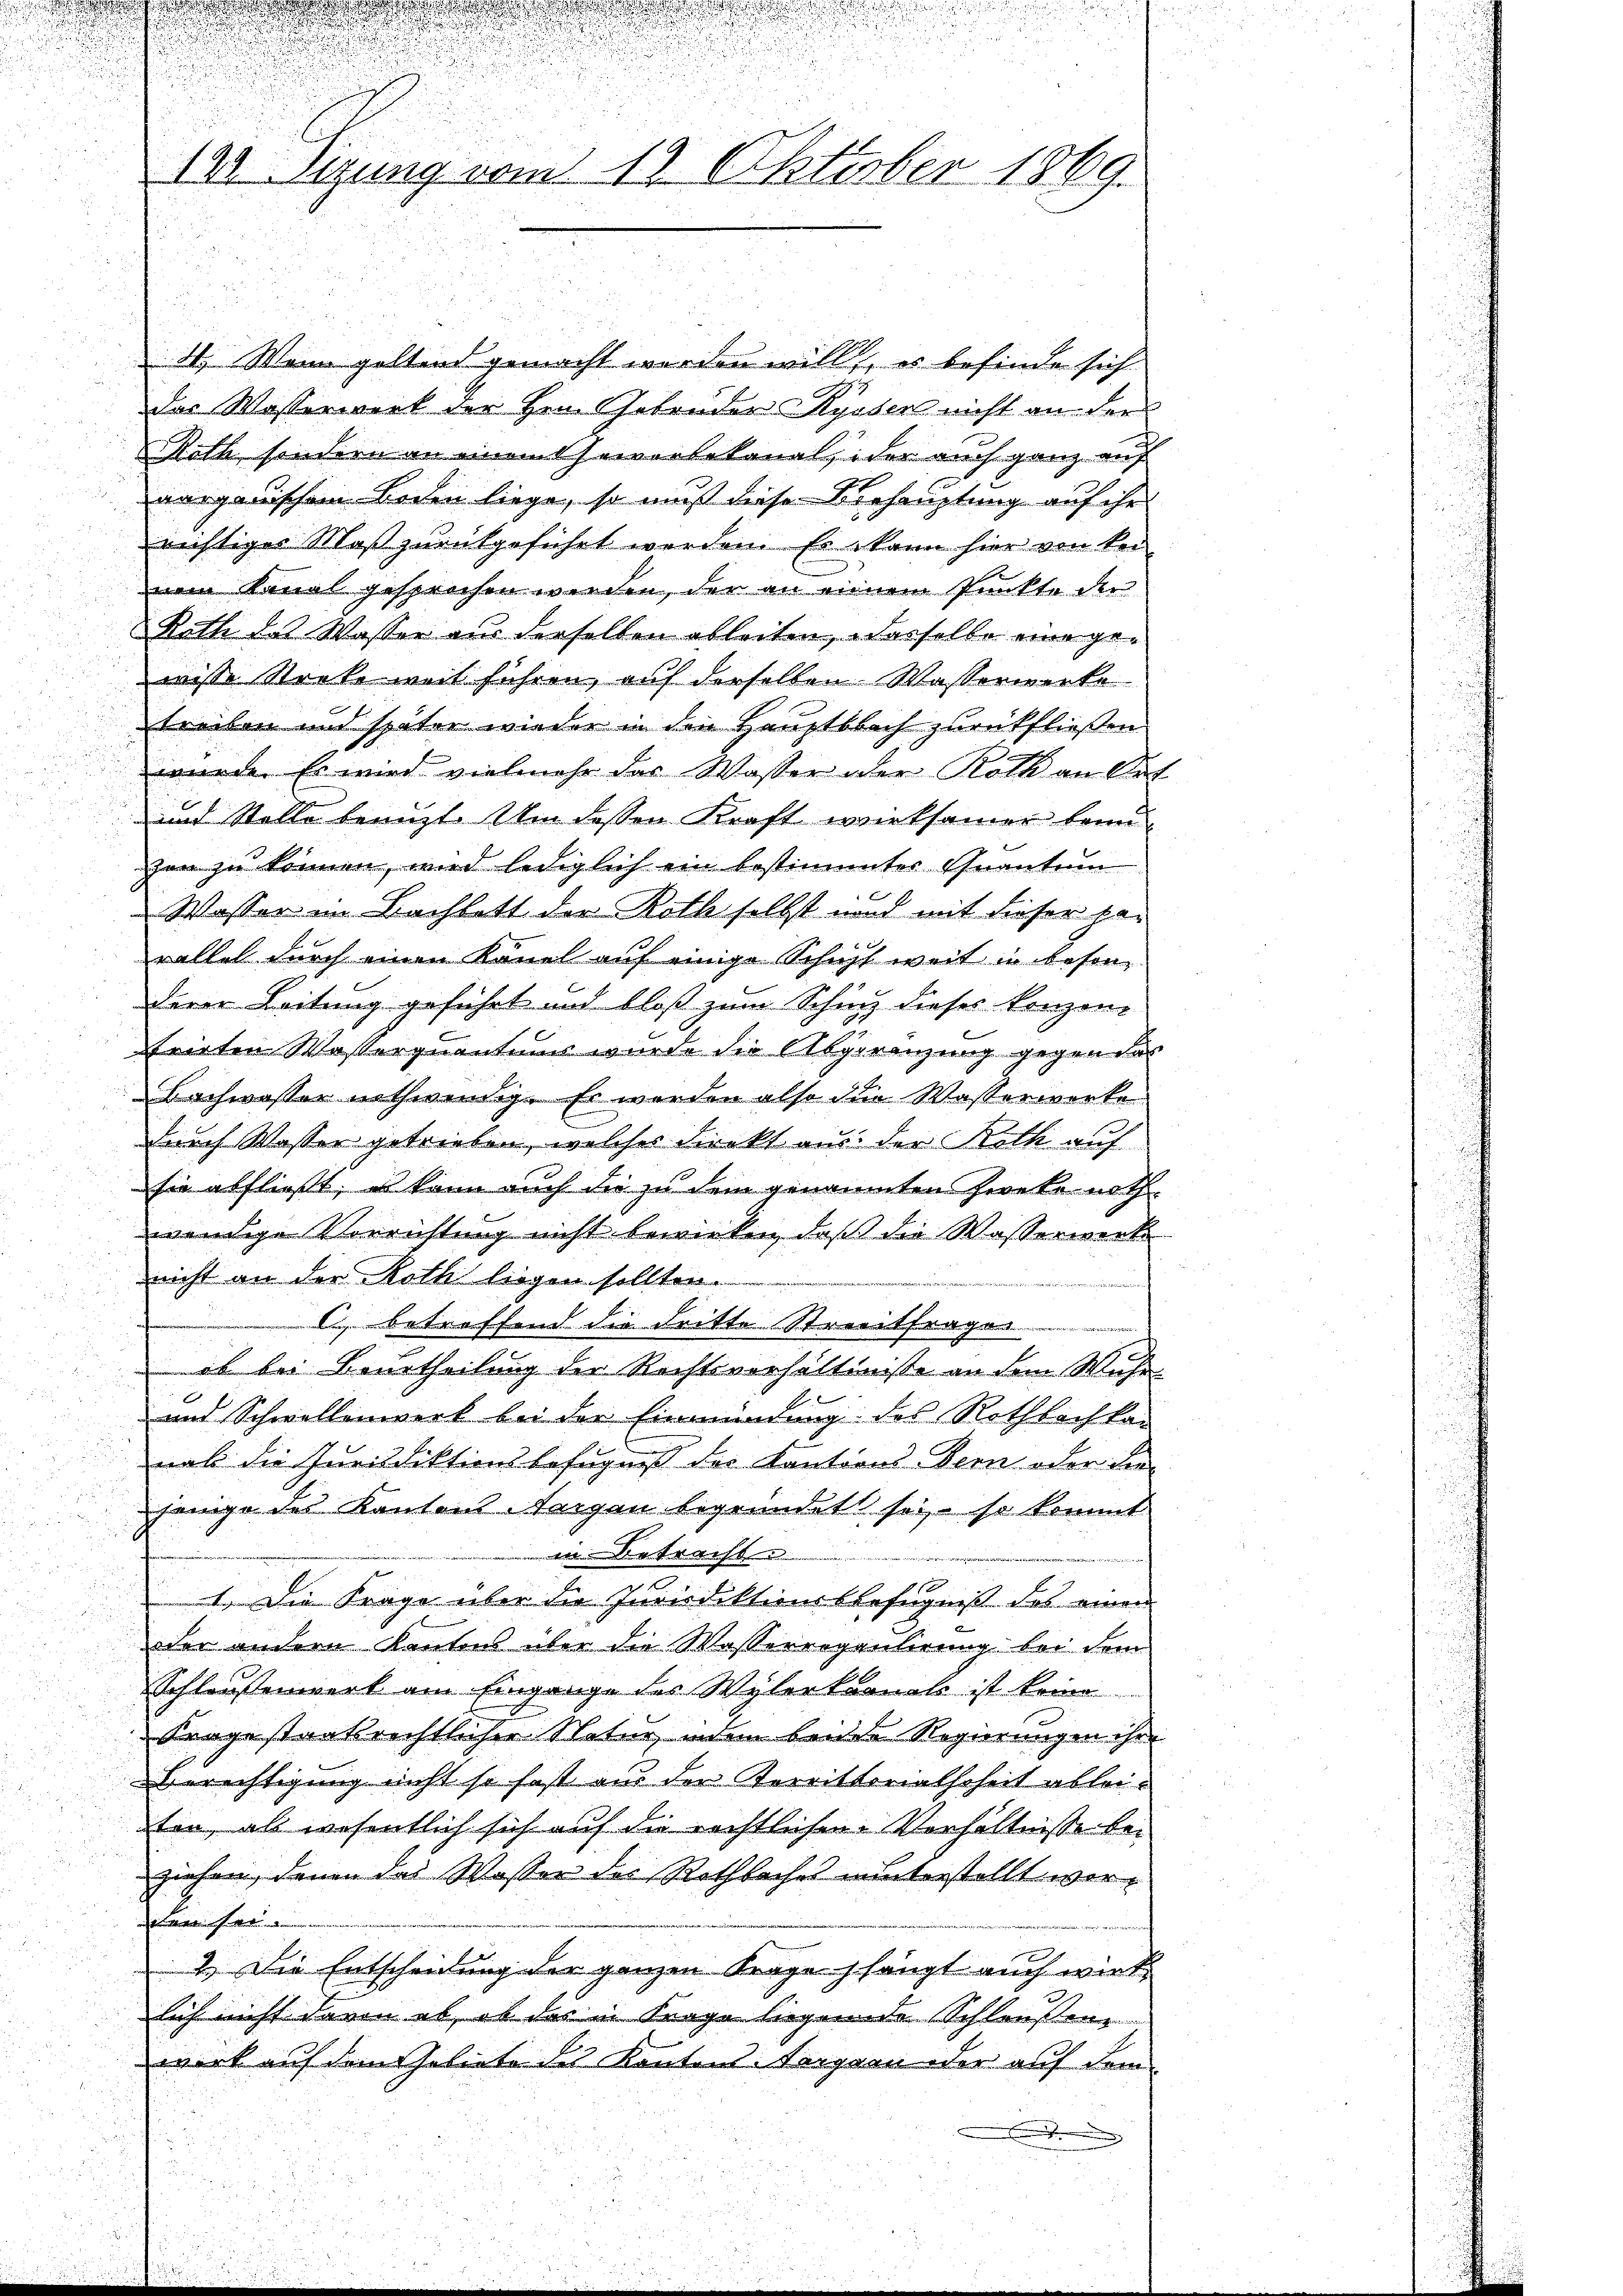
.

143 iung vom 19. Oktober 1869.

41. Mann geltend gemacht werden will, es befinde sich
das Wasserwerk der Hrn. Gebrüder Syoben nicht an der
Roth, sondern an einem Gewerbekannt, oder auch ganz auf
vargauischem Boden liege, so muß diese Behauptung auf ihr
richtiger Maß zurückgeführt werden. Es kann hier von ke
nem Kanal gesprochen werden, der an einem Punkte der
Rath des Wasser aus derselben ableiten, dasselbe eine gewisse Stocke weit führen, auf derselben Wasserwerke
treiben und später wieder in den Hauptbach zurückfließen
wurde. Es wird vielmehr das Wasser oder Roth an Ort
und Stelle benuzt. Um dessen Kraft wirksamer kein
zen zu können, wird lediglich ein bestimmter Quantum
Wasser im Bachbett der Roth selbst und mit dieser haf x
rallel durch einen Kauel auf einige Schicht weit in besonderer Leitung geführt und bloß zum Schinz dieses Konzen-
frirten Wasserquantums wurde die Abgrenzung gegen das
Bachwasser nothwendig. Es werden also die Wasserwerke
durch Wasser getrieben, welches direkt aus der Roth auf
sie abfließt, es kann auch die zu dem genannten Zereke nothwendige Vorrichtung nicht bewirken, daß die Wasserwerk
nicht an der Roth liegen sollten.
c., betreffend die dritte Streitfragen
ob bei Beurtheilung der Rechtsverhältnisse an dem Wuhr
d
und Schwellenwerk bei der Einmündung des Rothbach kan
nal die Jurisdiktionsbefugniß der Kantions-Bern oder die
jenige des Kantons-Sergen begründet sei, so kommt
in Betracht.
1. Die Frage über die Jurisdiktionsbefugniß des einen
oder andern Kantons über die Wasserregulirung bei dem
Schleußenwerk am Eingange des Wylerkronats ist kein
Frage staatsrechtlicher Natur, indem beiden Regierungen ihre
Berechtigung nicht so fast aus den Territterialhoheit ableiten, als wesentlich sich auf die rechtlichen Verhältnisse bei
ziehen, denen das Wasser des Rothbaches unterstellt werden sei.
2.) Die Entscheidung der ganzen Frage hängt auch wird
lich nicht davon ab, ob das in Frage liegende Schleußen
werk auf dem Gebiete des Kantons-Vergern oder auf dem